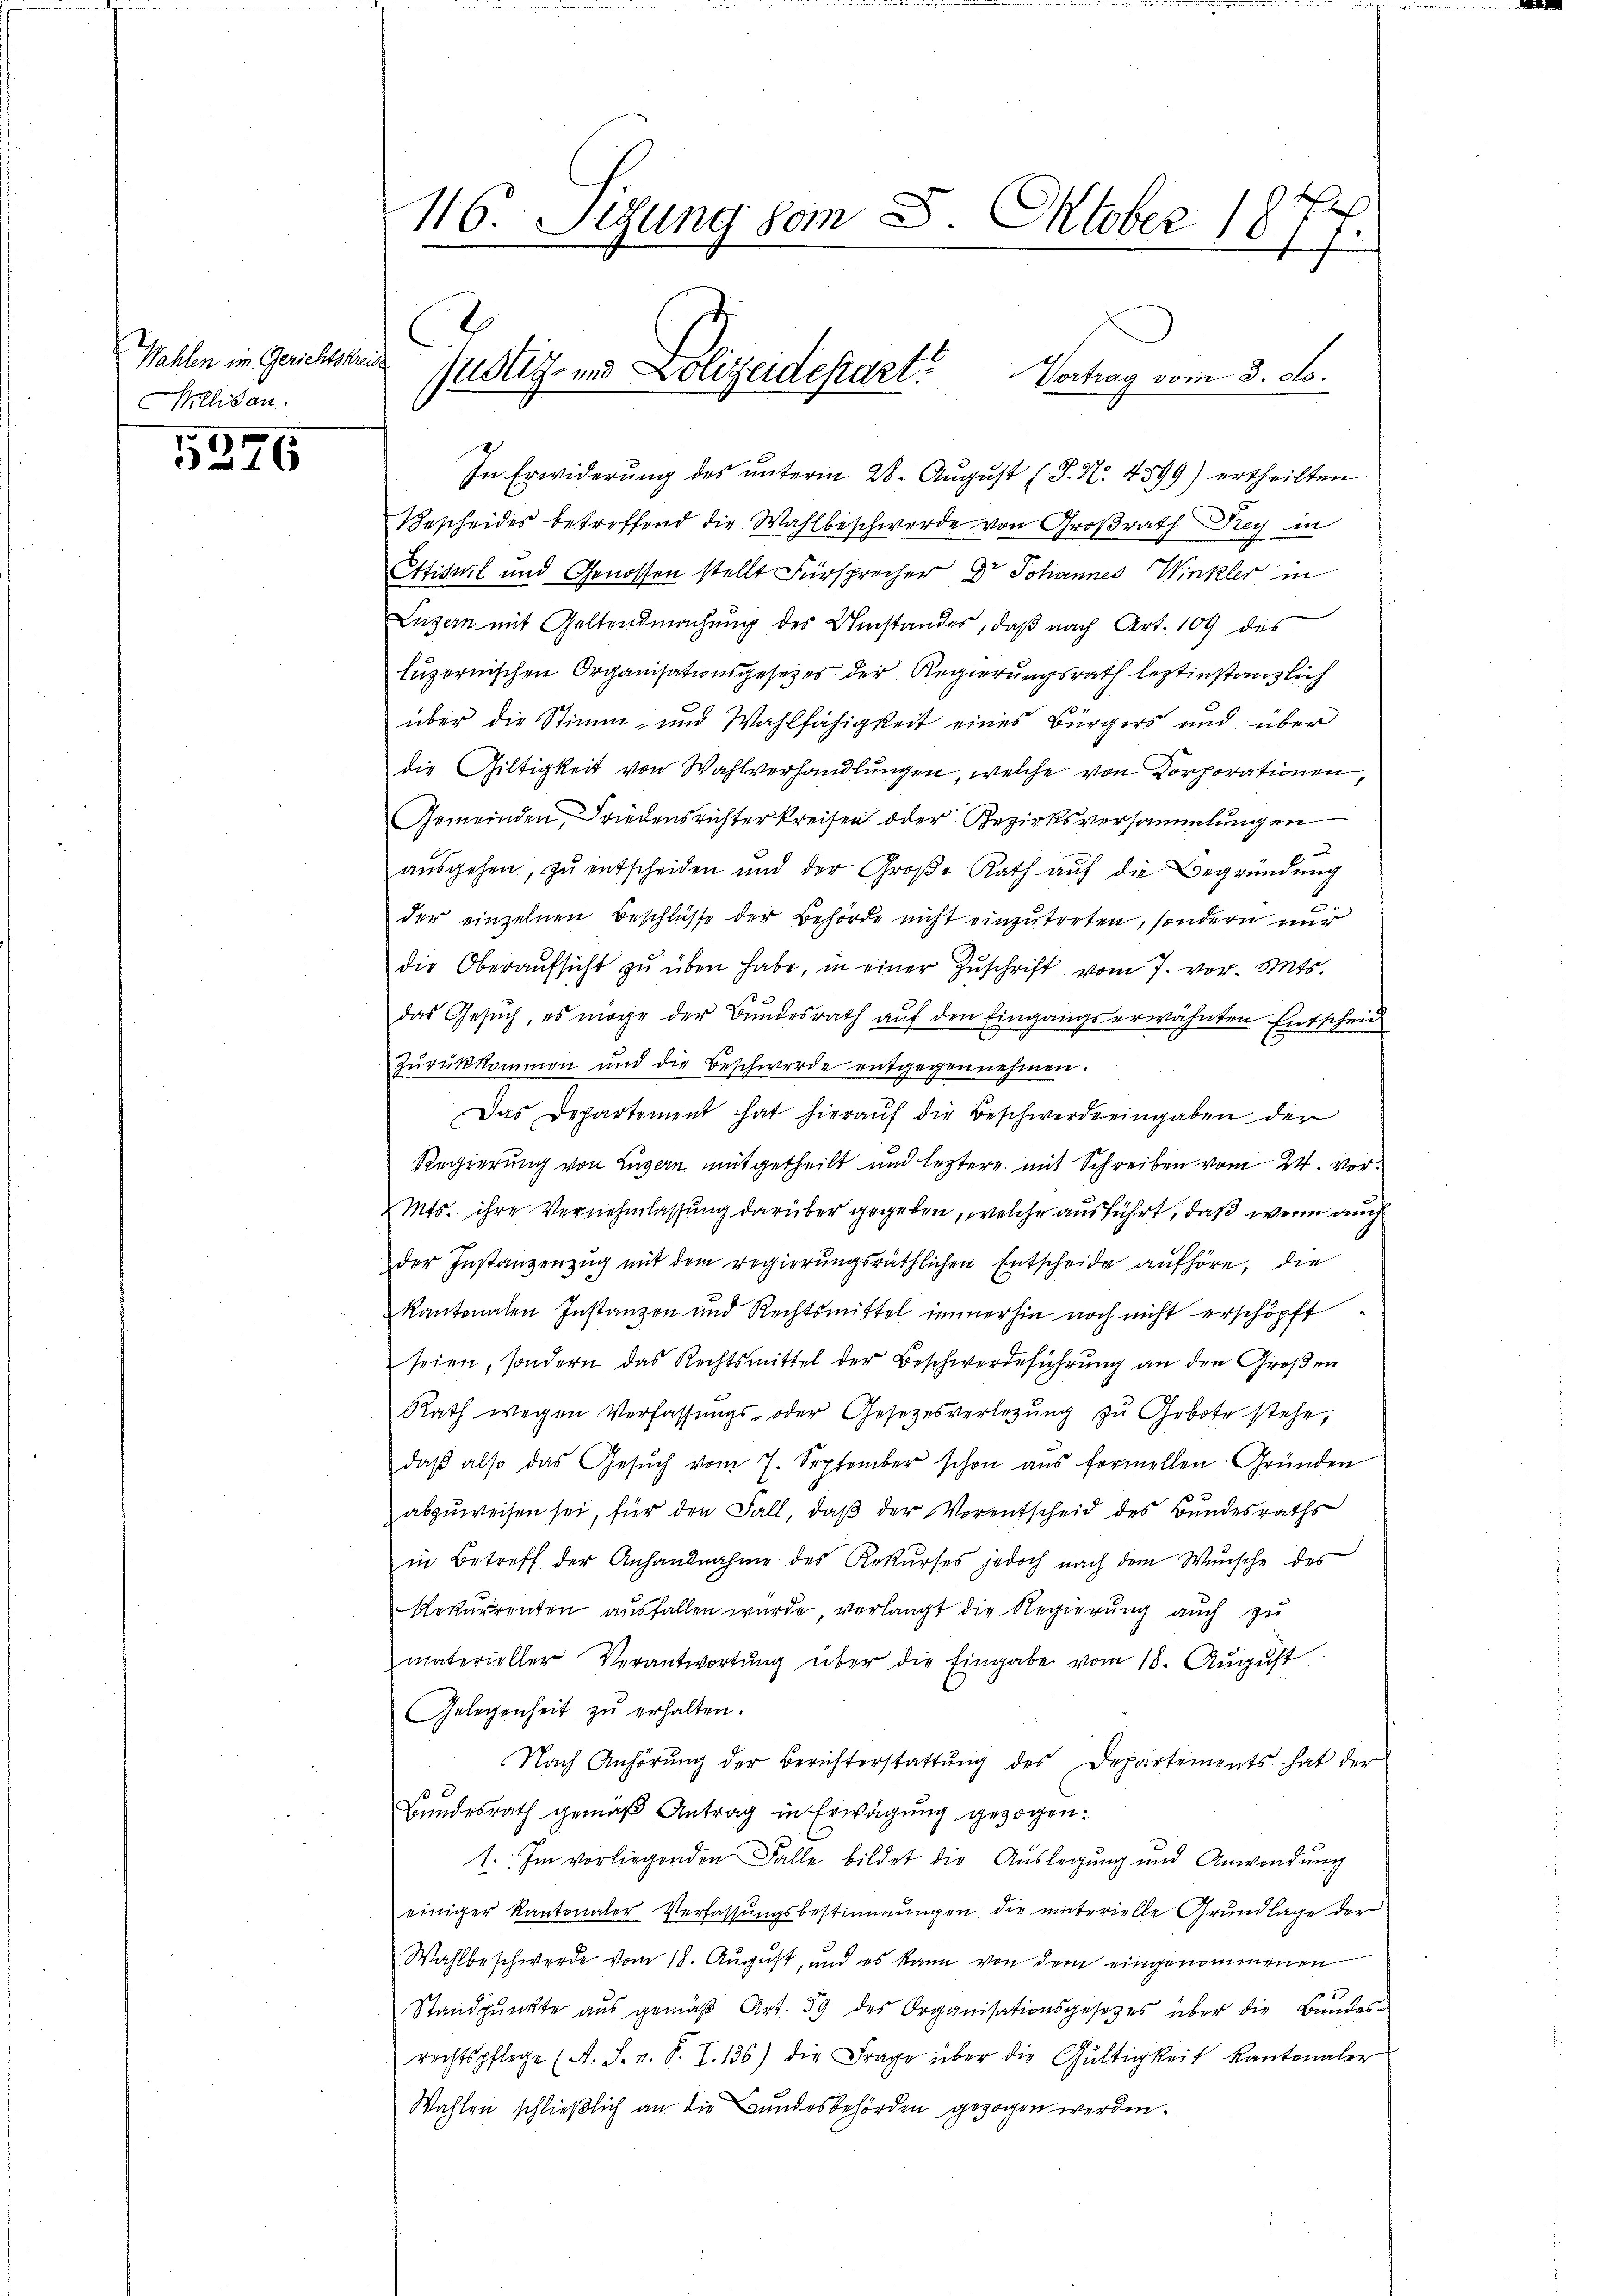
Wahlen im Gerichtskreise
Millisau.

5246

Vortrag vom 3. d.
In Erwiderung des unterm 28. August (T. N. 4599) ertheilten
Bescheides betreffend die Wahlbeschwerde von Großrath Drey in
Ettiswil und Genossen stellt Fürsprecher Dr Johannes Winkler in
Luzern mit Geltendmachung des Umstandes, daß nach Art. 104 des
luzernischen Organisationsgesetzes der Regierungsrath leztinstanzlich
über die Stimm- und Wahlfähigkeit eines Bürgers und über
die Giltigkeit von Wahlverhandlungen, welche von Korporationen,
Gemeinden, Friedensrichter kreisen oder Bezirksversammlungen
aŭsgehen, zŭ entscheiden und der Große Rath aŭf die Begründŭng
der einzelnen Beschlüsse der Behörde nicht einzutreten, sondern nur
die Oberaŭfsicht zŭ über habe, in einer Zuschrift vom 7. vor. Mts.
das Gesuch, es möge der Bundesrath auf den Eingangserwähnten Entschei
Zŭrückkommen und die Beschwerde entgegennehmen.
Das Departement hat hieraŭf die Beschwerde eingaben der
Regierung von Luzern mitgetheilt und leztere mit Schreiben vom 24. vor¬
Mts. ihre Vernehmlassung darüber gegeben, welche ausführt, daß wenn auch
der Instanzenzug mit dem regierungsräthlichen Entscheide aufhöre, die
Kantonalen Instanzen und Rechtsmittel immerhin noch nicht erschöpft
seien, sondern das Rechtsmittel der Beschwerdeführung an den Großen
Rath wegen Verfassŭngs- oder Gesetzesverlegŭng zŭ Gebote stehe,
daβ also das Gesŭch vom 7. September schon aus formellen Gründen
abzŭweisen sei, für den Fall, daβ der Vorentscheid des Bŭndesraths
in Betreff der Anhandnahme des Rekurses jedoch nach dem Wunsche des
Rekurrenten ausfallen wurde verlangt die Regierung auch zu
materieller Verantwortŭng über die Eingabe vom 18. Aŭgŭst
Gelegenheit zu erhalten.
Nach Anhörŭng der Berichterstattŭng des Departements hat der
Bŭndesrath gemäβ Antrag in Erwägŭng gezogen:
1. Im vorliegenden Falle bildet die Auslegung und Anwendŭng
einiger Kantonaler Verfassungsbestimmungen die materielle Grundlage der
Wahlbeschwerde vom 18. August, und es kann von dem eingenommenen
Standpunkte aus gemäβ Art. 39 des Organisationsgesetzes über die Bundes-
rechtspflege (A. S. v. S. I. 136) die Frage über die Gültigkeit kantonaler
Wahlen schließlich an die Bundesbehörden gezogen werden.

116. Setzung vom 8. Oktober 1874.

E
C

ustiz- und Polizeidepart?